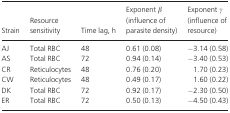
<table><thead><tr><td><b>Strain</b></td><td><b>Resource sensitivity</b></td><td><b>Time lag, h</b></td><td><b>Exponent β (influence of parasite density)</b></td><td><b>Exponent γ (influence of resource)</b></td></tr></thead><tbody><tr><td>AJ</td><td>Total RBC</td><td>48</td><td>0.61 (0.08)</td><td>−3.14 (0.58)</td></tr><tr><td>AS</td><td>Total RBC</td><td>72</td><td>0.94 (0.14)</td><td>−3.40 (0.53)</td></tr><tr><td>CR</td><td>Reticulocytes</td><td>48</td><td>0.76 (0.20)</td><td>1.70 (0.23)</td></tr><tr><td>CW</td><td>Reticulocytes</td><td>48</td><td>0.49 (0.17)</td><td>1.60 (0.22)</td></tr><tr><td>DK</td><td>Total RBC</td><td>72</td><td>0.92 (0.17)</td><td>−2.30 (0.50)</td></tr><tr><td>ER</td><td>Total RBC</td><td>72</td><td>0.50 (0.13)</td><td>−4.50 (0.43)</td></tr></tbody></table>